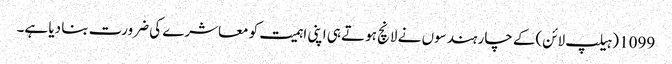
1099 (ہیلپ لائن)کے چار ہندسوں نے لانچ ہوتے ہی اپنی اہمیت کو معاشرے کی ضرورت بنا دیا ہے۔